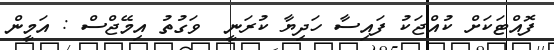
ފޮއްޓަކަށް ކުއްޖަކު ފައިސާ ހަދިޔާ ކުރަނީ  ވަގުތު އިމޭޖްސް : އަމީން